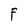
Character: F